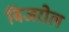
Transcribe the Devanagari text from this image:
बिजरोल